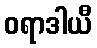
ဝရာဒါယီ